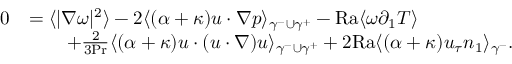
\begin{array} { r l } { 0 } & { = \langle | \nabla \omega | ^ { 2 } \rangle - 2 \langle ( \alpha + \kappa ) u \cdot \nabla p \rangle _ { \gamma ^ { - } \cup \gamma ^ { + } } - \mathrm { { R a } } \langle \omega \partial _ { 1 } T \rangle } \\ & { \qquad + \frac { 2 } { 3 \mathrm { P r } } \langle ( \alpha + \kappa ) u \cdot ( u \cdot \nabla ) u \rangle _ { \gamma ^ { - } \cup \gamma ^ { + } } + 2 \mathrm { { R a } } \langle ( \alpha + \kappa ) u _ { \tau } n _ { 1 } \rangle _ { \gamma ^ { - } } . } \end{array}